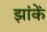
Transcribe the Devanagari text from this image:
झांकें